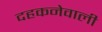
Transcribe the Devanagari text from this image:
दहकनेवाली